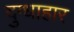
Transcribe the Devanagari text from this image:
दुग्धाहार